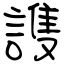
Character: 謢